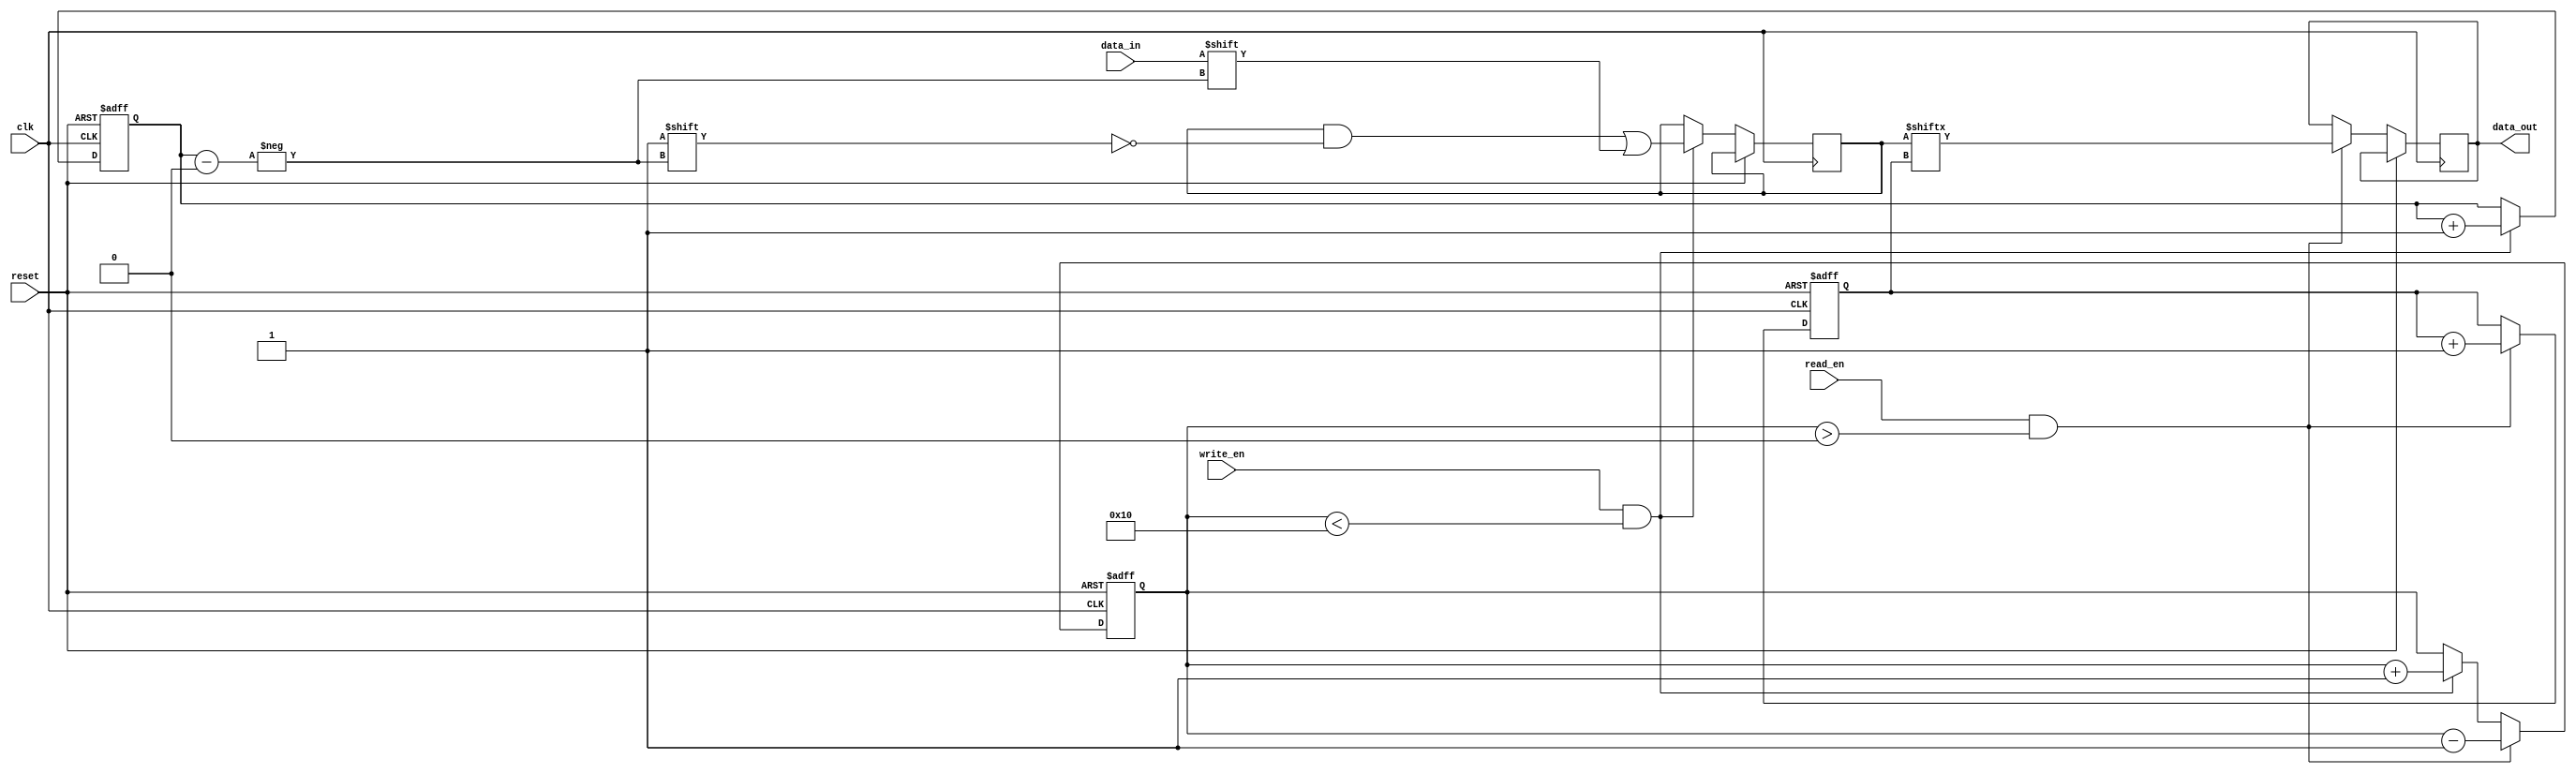
module Gray_FIFO(
    input wire clk,
    input wire reset,
    input wire write_en,
    input wire read_en,
    input wire data_in,
    output reg data_out
);

parameter MAX_DEPTH = 16;
reg [3:0] read_ptr;
reg [3:0] write_ptr;
reg [MAX_DEPTH-1:0] fifo_data;
reg [3:0] count;

always @ (posedge clk or posedge reset) begin
    if (reset) begin
        read_ptr <= 4'b0000;
        write_ptr <= 4'b0000;
        count <= 4'b0000;
    end else begin
        if (write_en && count < MAX_DEPTH) begin
            fifo_data[write_ptr] <= data_in;
            write_ptr <= write_ptr + 1;
            count <= count + 1;
        end

        if (read_en && count > 0) begin
            data_out <= fifo_data[read_ptr];
            read_ptr <= read_ptr + 1;
            count <= count - 1;
        end
    end
end

endmodule